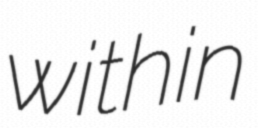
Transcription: within